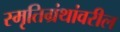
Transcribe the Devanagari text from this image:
स्मृतिग्रंथांवरील